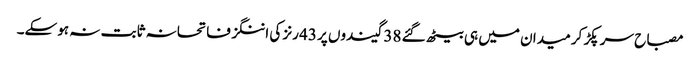
مصباح سر پکڑ کر میدان میں ہی بیٹھ گئے 38 گیندوں پر 43 رنز کی اننگز فاتحانہ ثابت نہ ہوسکے۔